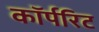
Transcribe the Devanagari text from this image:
कॉर्परिट